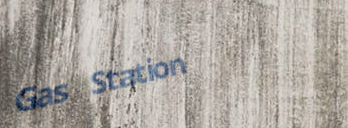
Gas Station